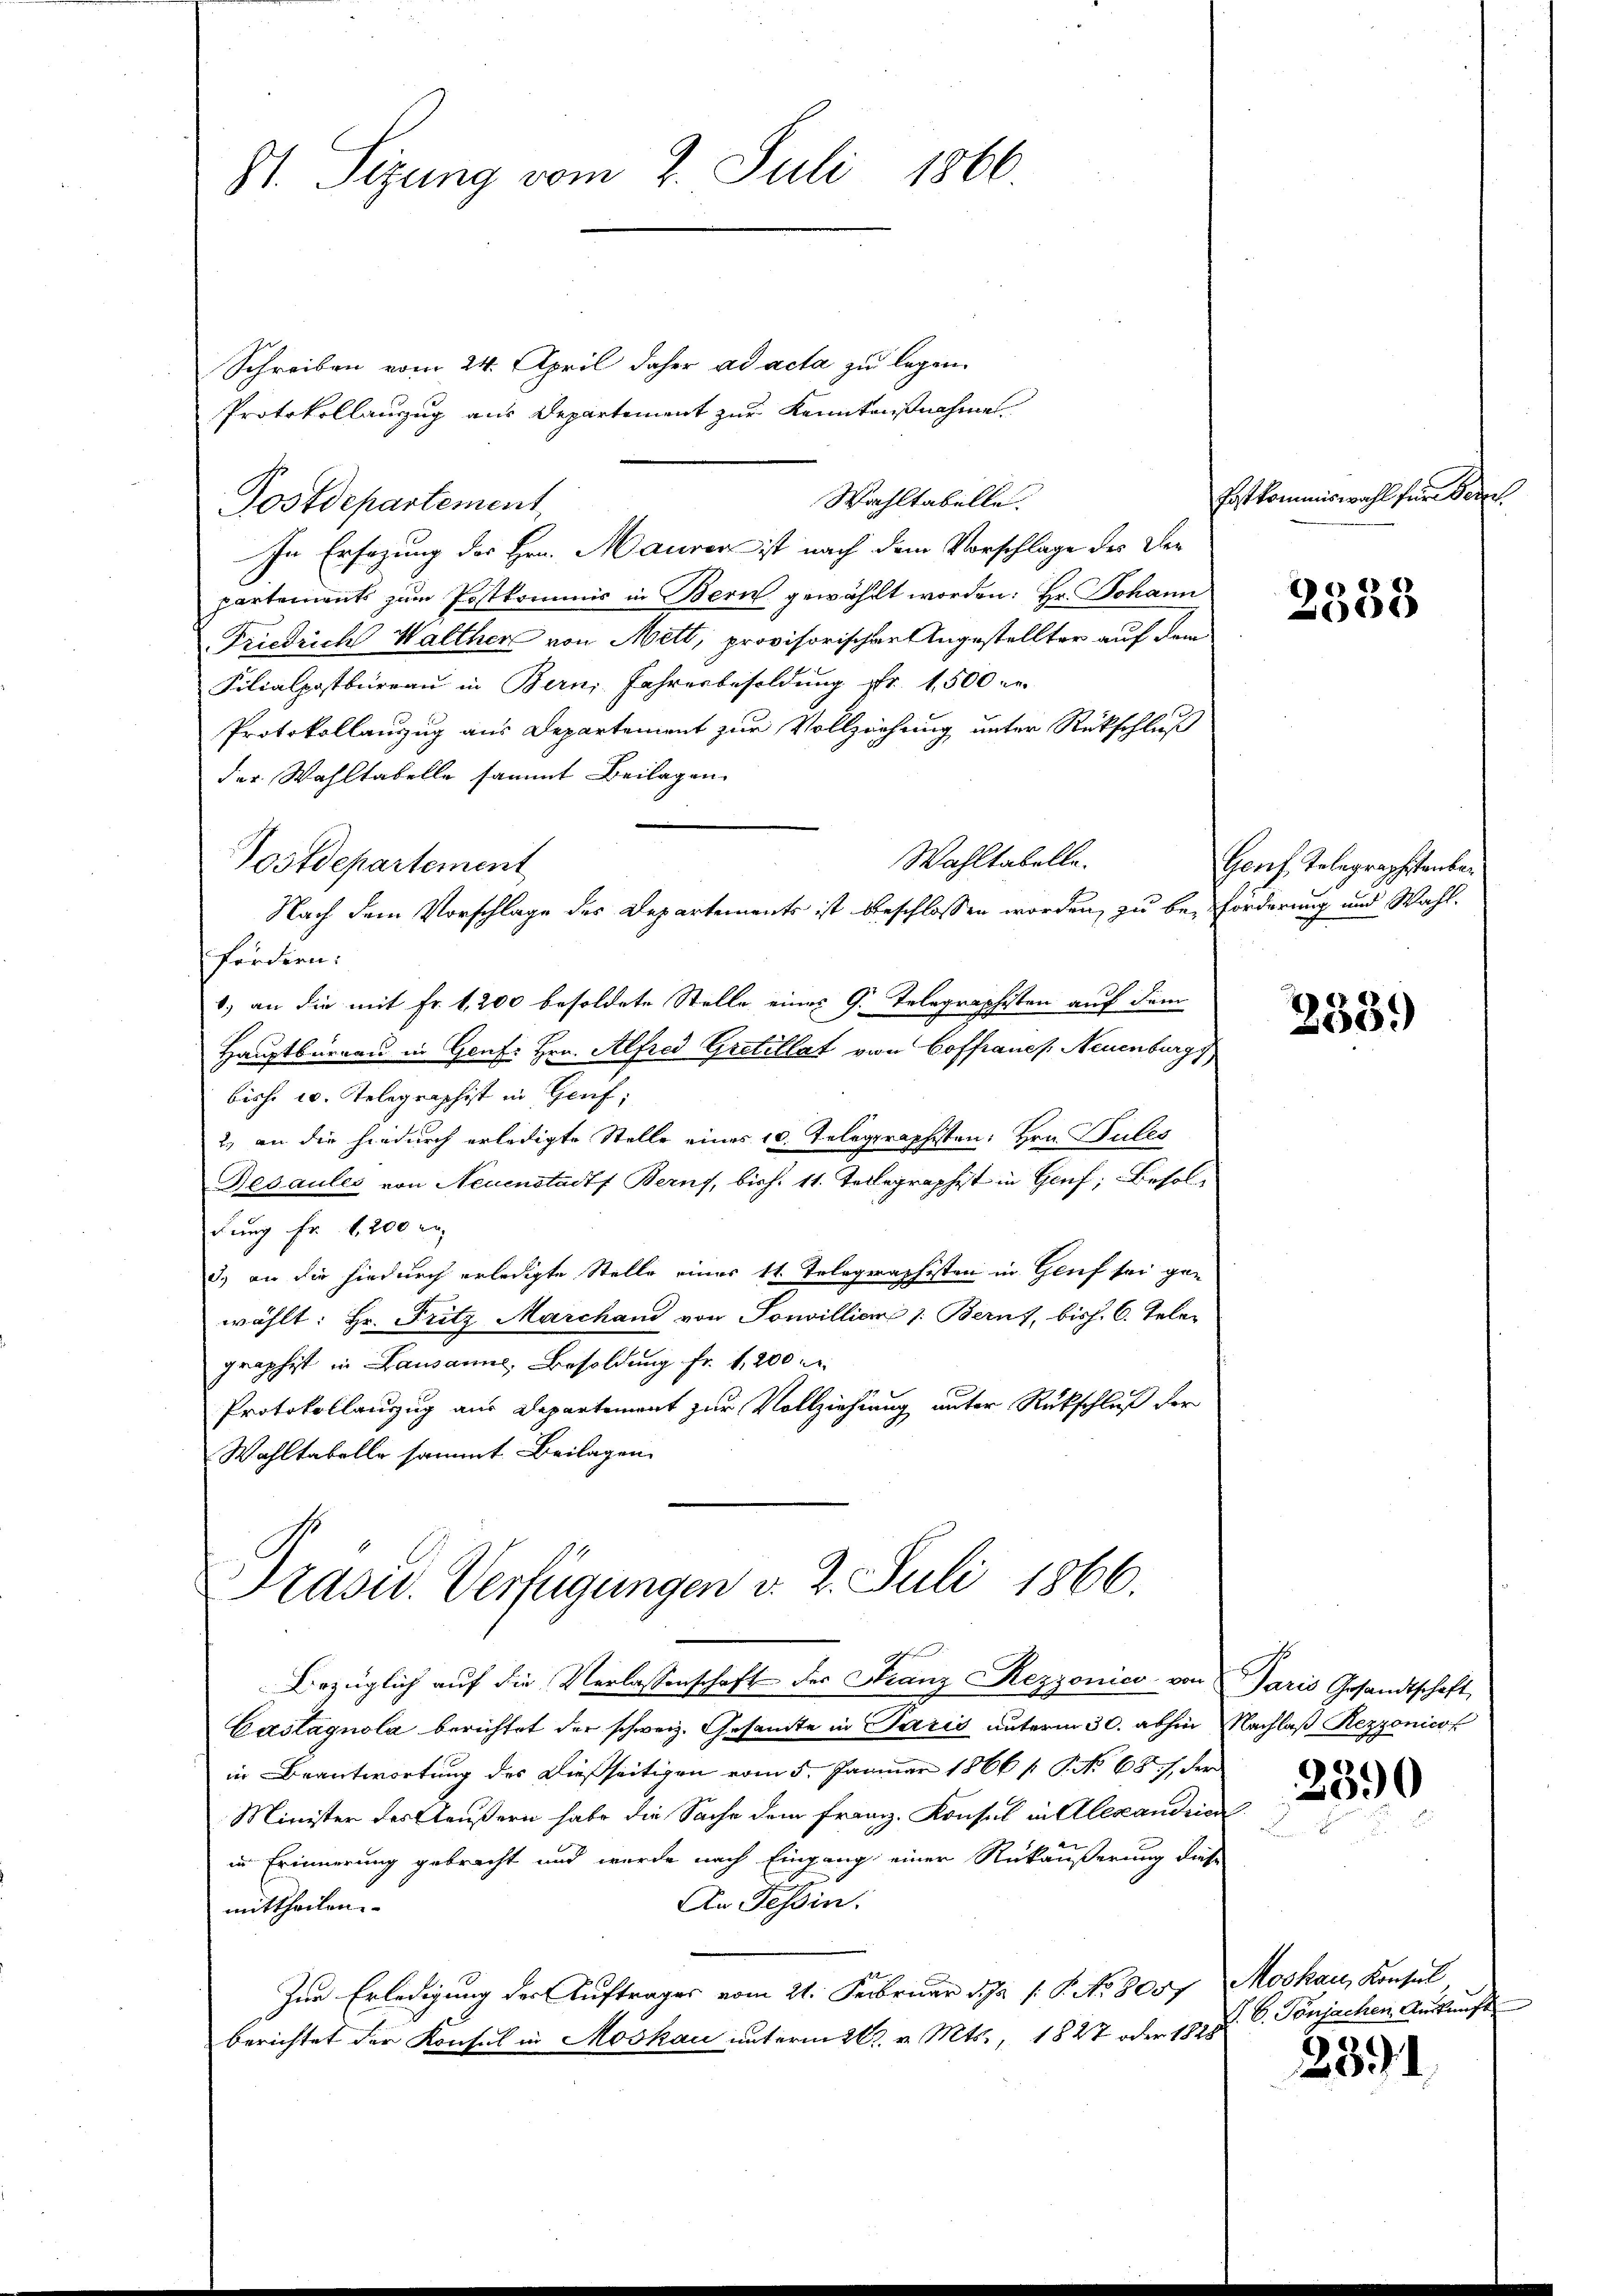
St. Sizung vom 2. Juli 1866.

Schreiben vom 24. April daher ad acta zu legen.
Protokollanzug aus Departement zur Kenntnisnahmen.
Wahltabelle
Postdepartement,
In Erfagung des Hrn. Maurer ist nach dem Vorschlage des Departements zum Postkommis in Bern gewählt worden: Hr. Johann
Friedrich Walther von Mett, provisorischer Angestellter auf dem
Filialpostbüreau in Bern, Jahresbesoldung fr. 1500 re
Protokollanzug aus Departement zur Vollziehung unter Rückschluß
der Wahltabelle sammt Beilagen
Wahltabelle.
Postdepartement
Nach dem Vorschlage der Departements ist beschlossen worden, zu be- Förderung und Wahlfördern:
b.) an die mit Fr. 1200 besoldete Stelle eines G. Telegraphisten auf dem
Hauptbüreau in Genf. Hrn. Alfred Gretillat von Coffranes. Neuenburgs
bishe 20. Telegraphist in Genf;
2.) an die hiedurch erledigte Stelle eines 10. Telegraphisten. Hrn. Suter
Besaules von Neuenstadt Berns, bisch. 11. Telegraphist in Genf, Besoldung Fr. 1200 re
3.) an die hindurch erledigte Stelle eines 11. Telegraphisten in Genf sei ge-
wählt: Hr. Fritz Marchand von Sonvilliam 1. Berns, bish. 6. Teler
graphist in Lausanne, Besoldung fr. 1,200 l.
Protokollauszug aus Departement zur Vollziehung unter Rückschluß der
Wahltabelle sammt Beilagen

rasu. Verfügungen v. 2. Juli 1866.

Bezüglich auf die Verlassenschaft der Franz Rezzonico von Paris Gesandtschaft
Castagnola berichtet der schweiz. Gesandte in Paris unterm 30. abhin Nachlaß Rezzonicof
in Beantwortung des dießseitigen vom 5. Januar 1866 /: P. No 68 / der
Minister des Aeußern habe die Sache dem Franz. Konsul in Alexandric
in Erinnerung gebracht und wurde nach Eingang einer Rükäußerung diese
An Tessin.
mittheilen.
Zur Erledigung der Auftrages vom 21. Februar d. J. J. P. No 8057 Moskau, Konsul
berichtet der Konsul in Moskau unterm 26. v. Mts., 1827 oder 1828

Estkommiswahl für Bern.

2388

Gonf. Telegraphstenbar

2339)

2390

1. V. Ponjachen Auskunft

23.1